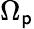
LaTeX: \Omega_{\mathsf{p}}